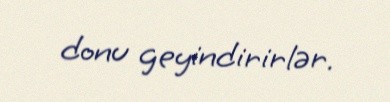
donu geyindirirlər.